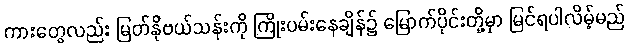
ကားတွေလည်း မြတ်နိုဗယ်သန်းကို ကြိုးပမ်းနေချိန်၌ မြောက်ပိုင်းတို့မှာ မြင်ရပါလိမ့်မည်